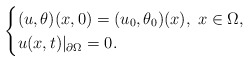
\begin{align*}\begin{cases}(u,\theta)(x,0)=(u_{0},\theta_{0})(x),\;x\in\Omega,\\u(x,t)|_{\partial\Omega}=0.\end{cases}\end{align*}